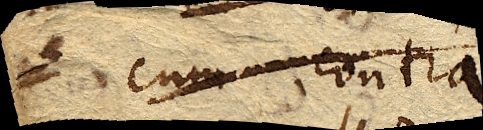
cum contra